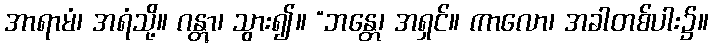
အာရာမံ၊ အရံသို့။ ဂန္တွာ၊ သွား၍။ “ဘန္တေ၊ အရှင်။ ကာလော၊ အခါတစ်ပါး၌။